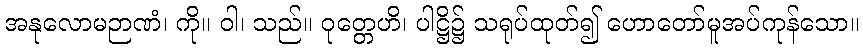
အနုလောမဉာဏံ၊ ကို။ ဝါ၊ သည်။ ဝုတ္တေဟိ၊ ပါဋ္ဌိ၌ သရုပ်ထုတ်၍ ဟောတော်မူအပ်ကုန်သော။